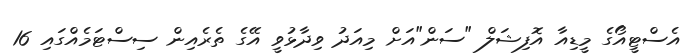
އެސްޓީއޯގެ މީޑިއާ އޮފިޝަލް "ސަން"އަށް މިއަދު ވިދާޅުވީ އޭގެ ތެރެއިން ސިސްޓަމެއްގައި 16